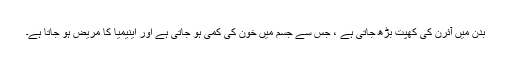
بدن میں آئرن کی کھپت بڑھ جاتی ہے ، جس سے جسم میں خون کی کمی ہو جاتی ہے اور اینیمیا کا مریض ہو جاتا ہے۔